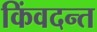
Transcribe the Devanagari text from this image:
किंवदन्त